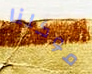
موكلنا